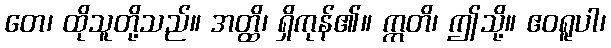
တေ၊ ထိုသူတို့သည်။ အတ္ထိ၊ ရှိကုန်၏။ ဣတိ၊ ဤသို့။ ဧဝရူပါ၊